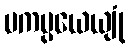
ပကပ္ပယေယျုံ